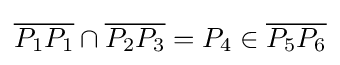
{\overline {P_{1}P_{1}}}\cap {\overline {P_{2}P_{3}}}=P_{4}\in {\overline {P_{5}P_{6}}}